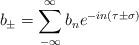
LaTeX: \begin{align*}b_{\pm}= \sum\limits_{- \infty}^{\infty} b_n e^{-in \left( \tau \pm\sigma \right)}\end{align*}